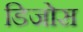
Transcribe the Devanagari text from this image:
डिजोस